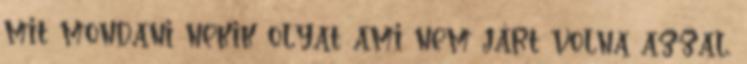
mit mondani nekik olyat ami nem járt volna azzal,